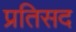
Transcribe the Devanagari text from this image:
प्रतिसद